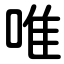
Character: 唯